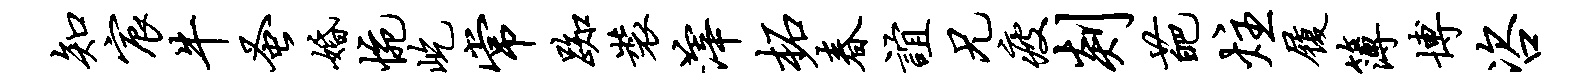
知宸牛蚤婚惋屹常踟装滓柘春谊兄疲剡葩炷履簿博咨